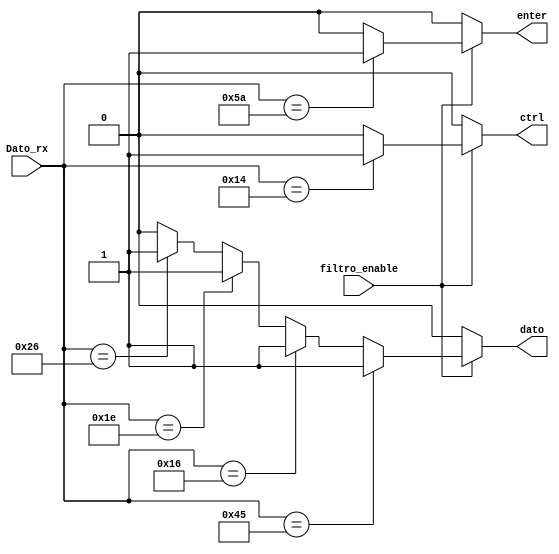
`timescale 1ns / 1ps
//////////////////////////////////////////////////////////////////////////////////
// Company: Tecnolgico Costa Rica
// 
// Design Name: 
// Module Name:    Identificador
// Project Name: 
// Target Devices: 
// Tool versions: 
// Description: 
//
// Dependencies: 
//
// Revision: 
// Revision 0.01 - File Created
// Additional Comments: 
//
//////////////////////////////////////////////////////////////////////////////////

module Identificador(
	//Dato entrante del teclado
	input wire [7:0] Dato_rx,
	//Seal que habilita cuando tomar el dato despues del 'F0'
	input wire filtro_enable,
	//Seales de control
	output reg ctrl,
	output reg enter,
	output reg dato
    );

	wire key;

	//Comportamiento del identificador de tecla
	always @*
	begin
		ctrl = 0;
		enter = 0;
		dato = 0;
		if(filtro_enable == 1'b1)
		begin		
			ctrl = (Dato_rx == 8'h14) ? 1'b1 : 1'b0;
			enter = (Dato_rx == 8'h5a) ? 1'b1 : 1'b0;
			dato = key;
		end
	end
	assign key = 		(Dato_rx == 8'h45) ? 1'b1 : //'0'	
				(Dato_rx == 8'h16) ? 1'b1 : //'1'
				(Dato_rx == 8'h1e) ? 1'b1 : //'2'
				(Dato_rx == 8'h26) ? 1'b1 : //'3'
				 1'b0;	
	

endmodule